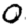
Digit: 0